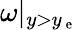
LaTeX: \omega|_{y>y_{\mathrm{~e~}}}